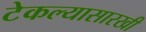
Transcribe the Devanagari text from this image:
टेकल्यासारखी